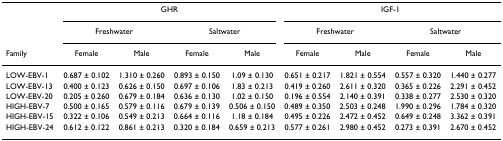
<table><thead><tr><td></td><td colspan="4"><b>GHR</b></td><td colspan="4"><b>IGF-1</b></td></tr><tr><td></td><td colspan="2"><b>Freshwater</b></td><td colspan="2"><b>Saltwater</b></td><td colspan="2"><b>Freshwater</b></td><td colspan="2"><b>Saltwater</b></td></tr><tr><td><b>Family</b></td><td><b>Female</b></td><td><b>Male</b></td><td><b>Female</b></td><td><b>Male</b></td><td><b>Female</b></td><td><b>Male</b></td><td><b>Female</b></td><td><b>Male</b></td></tr></thead><tbody><tr><td>LOW-EBV-1</td><td>0.687 ± 0.102</td><td>1.310 ± 0.260</td><td>0.893 ± 0.150</td><td>1.09 ± 0.130</td><td>0.651 ± 0.217</td><td>1.821 ± 0.554</td><td>0.557 ± 0.320</td><td>1.440 ± 0.277</td></tr><tr><td>LOW-EBV-13</td><td>0.400 ± 0.123</td><td>0.626 ± 0.150</td><td>0.697 ± 0.106</td><td>1.83 ± 0.213</td><td>0.419 ± 0.260</td><td>2.611 ± 0.320</td><td>0.365 ± 0.226</td><td>2.291 ± 0.452</td></tr><tr><td>LOW-EBV-20</td><td>0.205 ± 0.260</td><td>0.679 ± 0.184</td><td>0.636 ± 0.130</td><td>1.02 ± 0.150</td><td>0.196 ± 0.554</td><td>2.140 ± 0.391</td><td>0.338 ± 0.277</td><td>2.530 ± 0.320</td></tr><tr><td>HIGH-EBV-7</td><td>0.500 ± 0.165</td><td>0.579 ± 0.116</td><td>0.679 ± 0.139</td><td>0.506 ± 0.150</td><td>0.489 ± 0.350</td><td>2.503 ± 0.248</td><td>1.990 ± 0.296</td><td>1.784 ± 0.320</td></tr><tr><td>HIGH-EBV-15</td><td>0.322 ± 0.106</td><td>0.549 ± 0.213</td><td>0.664 ± 0.116</td><td>1.18 ± 0.184</td><td>0.495 ± 0.226</td><td>2.472 ± 0.452</td><td>0.649 ± 0.248</td><td>3.362 ± 0.391</td></tr><tr><td>HIGH-EBV-24</td><td>0.612 ± 0.122</td><td>0.861 ± 0.213</td><td>0.320 ± 0.184</td><td>0.659 ± 0.213</td><td>0.577 ± 0.261</td><td>2.980 ± 0.452</td><td>0.273 ± 0.391</td><td>2.670 ± 0.452</td></tr></tbody></table>